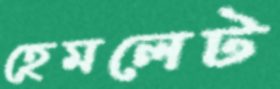
হেমলেট